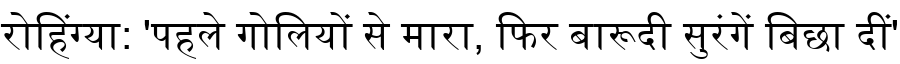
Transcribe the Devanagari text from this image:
रोहिंग्या: 'पहले गोलियों से मारा, फिर बारूदी सुरंगें बिछा दीं'